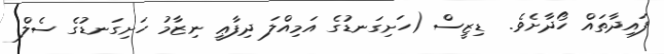
ފައިދާތައް ހޯދާށެވެ.  ޑިޒީސް (ހަށިގަނޑުގެ އަމިއްލަ ދިފާޢީ ނިޒާމު ހަށިގަނޑުގެ ސެލް